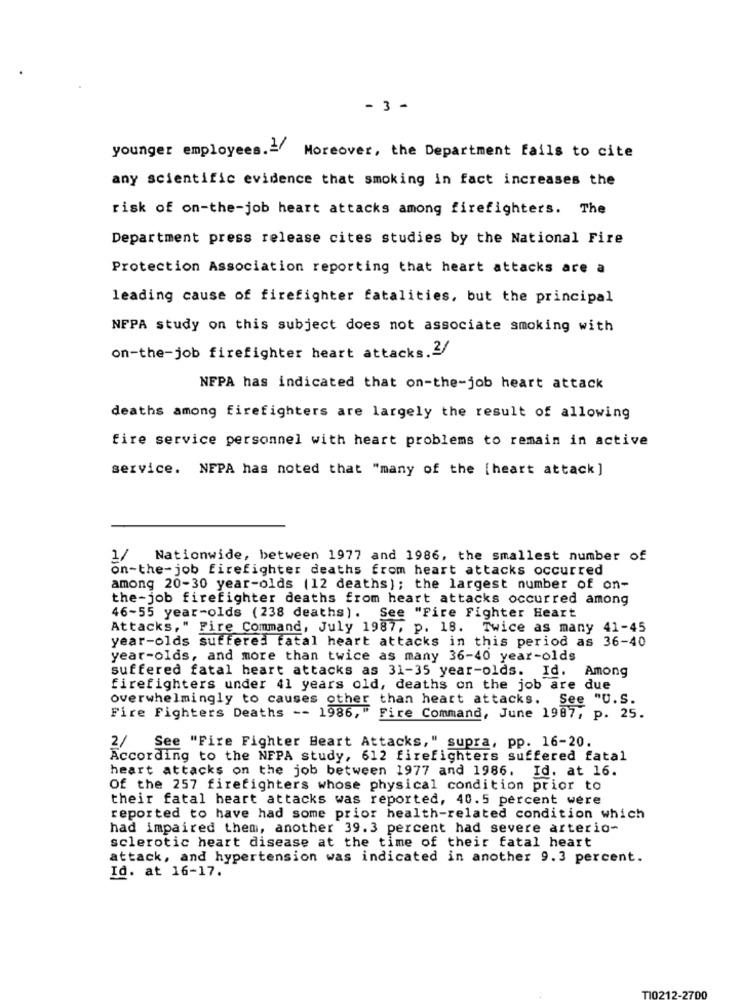
- 3 -
younger employees.2/
Moreover, the Department fails to cite
any scientific evidence that smoking in fact increases the
risk of on-the-job heart attacks among firefighters. The
Department press release cites studies by the National Fire
Protection Association reporting that heart attacks are a
leading cause of firefighter fatalities, but the principal
NFPA study on this subject does not associate smoking with
on-the-job firefighter heart attacks.2/
NFPA has indicated that on-the-job heart attack
deaths among firefighters are largely the result of allowing
fire service personnel with heart problems to remain in active
service. NFPA has noted that "many of the [heart attack ]
1/ Nationwide, between 1977 and 1986, the smallest number of
on-the-job firefighter deaths from heart attacks occurred
among 20-30 year-olds (12 deaths); the largest number of on-
the-job firefighter deaths from heart attacks occurred among
46-55 year-olds (238 deaths). See "Fire Fighter Heart
Attacks," Fire Command, July 1987, p. 18.
Twice as many 41-45
year-olds suffered fatal heart attacks in this period as 36-40
year-olds, and more than twice as many 36-40 year-olds
suffered fatal heart attacks as 31-35 year-olds. Id. Among
firefighters under 41 years old, deaths on the job are due
overwhelmingly to causes other than heart attacks. See "U.S.
Fire Fighters Deaths -- 1986, " Fire Command, June 1987, p. 25.
2/
See "Fire Fighter Heart Attacks," supra, pp. 16-20.
According to the NFPA study, 612 firefighters suffered fatal
heart attacks on the job between 1977 and 1986.
Id. at 16.
Of the 257 firefighters whose physical condition prior to
their fatal heart attacks was reported, 40.5 percent were
reported to have had some prior health-related condition which
had impaired them, another 39.3 percent had severe arterio-
sclerotic heart disease at the time of their fatal heart
attack, and hypertension was indicated in another 9.3 percent.
Id. at 16-17.